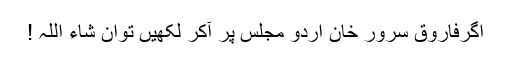
اگرفاروق سرور خان اردو مجلس پر آکر لکھیں توان شاء اللہ !